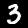
Label: 3